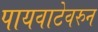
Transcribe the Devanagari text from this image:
पायवाटेवरुन